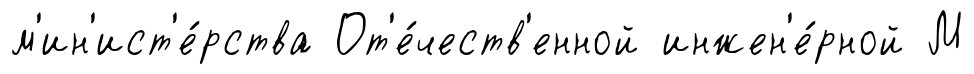
м'ин'ист'е́рства От'е́честв'енной инжен'е́рной М